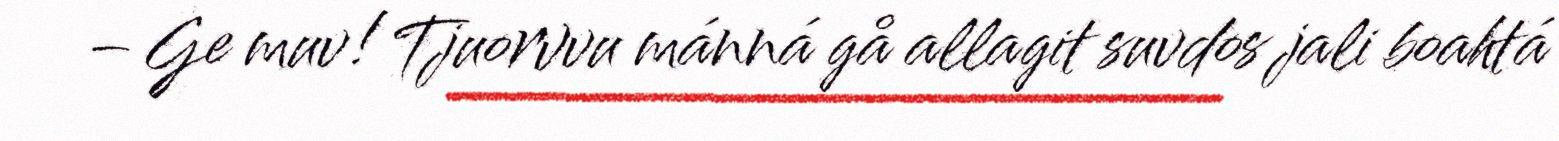
– Ge muv! Tjuorvvu mánná gå allagit suvdos jali boahtá